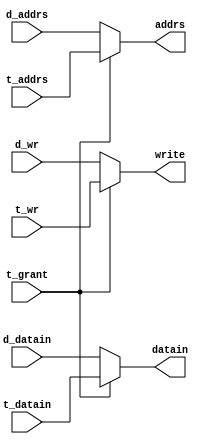

module data_sample_mux (
    d_addrs,
    d_datain,
    d_wr,
    t_addrs,
    t_datain,
    t_wr,
    write,
    addrs,
    datain,
    t_grant
    ) ;
 
/*
 *
 *  @(#) data_sample_mux.v 15.1@(#)
 *  4/1/22  09:09:50
 *
 */

/*
 *
 * Data Sample RAM mux
 *
 *          Zagazig University.
 *
 */

input
    t_grant,                // tdsp bus grant
    d_wr,                   // dma controller write strobe
    t_wr ;                  // tdsp write strobe

input [7:0]
    d_addrs,                // dma controller address bus
    t_addrs ;               // tdsp address bus

input [15:0]
    d_datain,               // dma controller data bus
    t_datain ;              // tdsp data bus

output
    write ;                 // resolved data sample ram write strobe

output [7:0]
    addrs ;                 // resolved data sample ram address bus

output [15:0]
    datain ;                // resolved data sample ram data bus

reg
    write ;

reg [7:0]
    addrs ;

reg [15:0]
    datain ;

//
// muxes
//
always @(t_grant or d_wr or t_wr)
    if (t_grant)
        write <= t_wr ;
    else
        write <= d_wr ;

always @(t_grant or d_addrs or t_addrs)
    if (t_grant)
        addrs <= t_addrs ;
    else
        addrs <= d_addrs ;

always @(t_grant or d_datain or t_datain)
    if (t_grant)
        datain <= t_datain ;
    else
        datain <= d_datain ;

endmodule // data_sample_mux